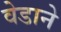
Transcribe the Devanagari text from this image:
वेडाने